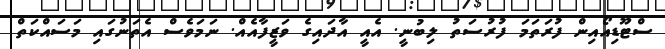
ސްޓޫޑިއޯއިން ފުރަތަމަ ފުރުސަތު ލިބުނީ. އެއީ އާދައިގެ ވަޒީފާއެއް. ނަމަވެސް އެތަނުގައި މަސައްކަތް